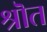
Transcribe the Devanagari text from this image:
श्रॊत